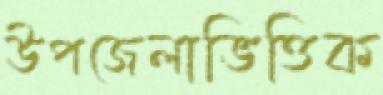
উপজেলাভিত্তিক